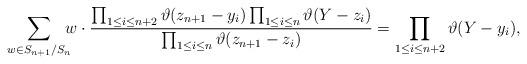
LaTeX: \begin{gather*} \sum_{w\in S_{n+1}/S_n}\!\!\!w\cdot \frac{\prod_{1\le i\le n+2} \vartheta(z_{n+1}-y_i) \prod_{1\le i\le n} \vartheta(Y-z_i)} {\prod_{1\le i\le n} \vartheta(z_{n+1}-z_i)} = \prod_{1\le i\le n+2} \vartheta(Y-y_i), \end{gather*}